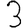
Digit: 3